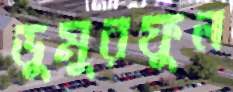
ডুমুরফুল